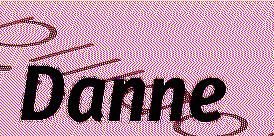
Danne